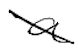
Text: a
Cross-out: diagonal
Writing tool: digital_black